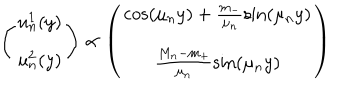
LaTeX: \left( \begin{array} { c } { { u _ { n } ^ { 1 } ( y ) } } \\ { { u _ { n } ^ { 2 } ( y ) } } \\ \end{array} \right) \propto \left( \begin{array} { c } { { \cos \left( \mu _ { n } y \right) + \frac { m _ { - } } { \mu _ { n } } \sin \left( \mu _ { n } y \right) } } \\ { { \frac { M _ { n } - m _ { + } } { \mu _ { n } } \sin \left( \mu _ { n } y \right) } } \\ \end{array} \right)